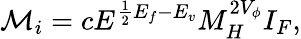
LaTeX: {\cal M}_{i}=cE^{\frac{1}{2}E_{f}-E_{v}}M_{H}^{2V_{\phi}}I_{F},